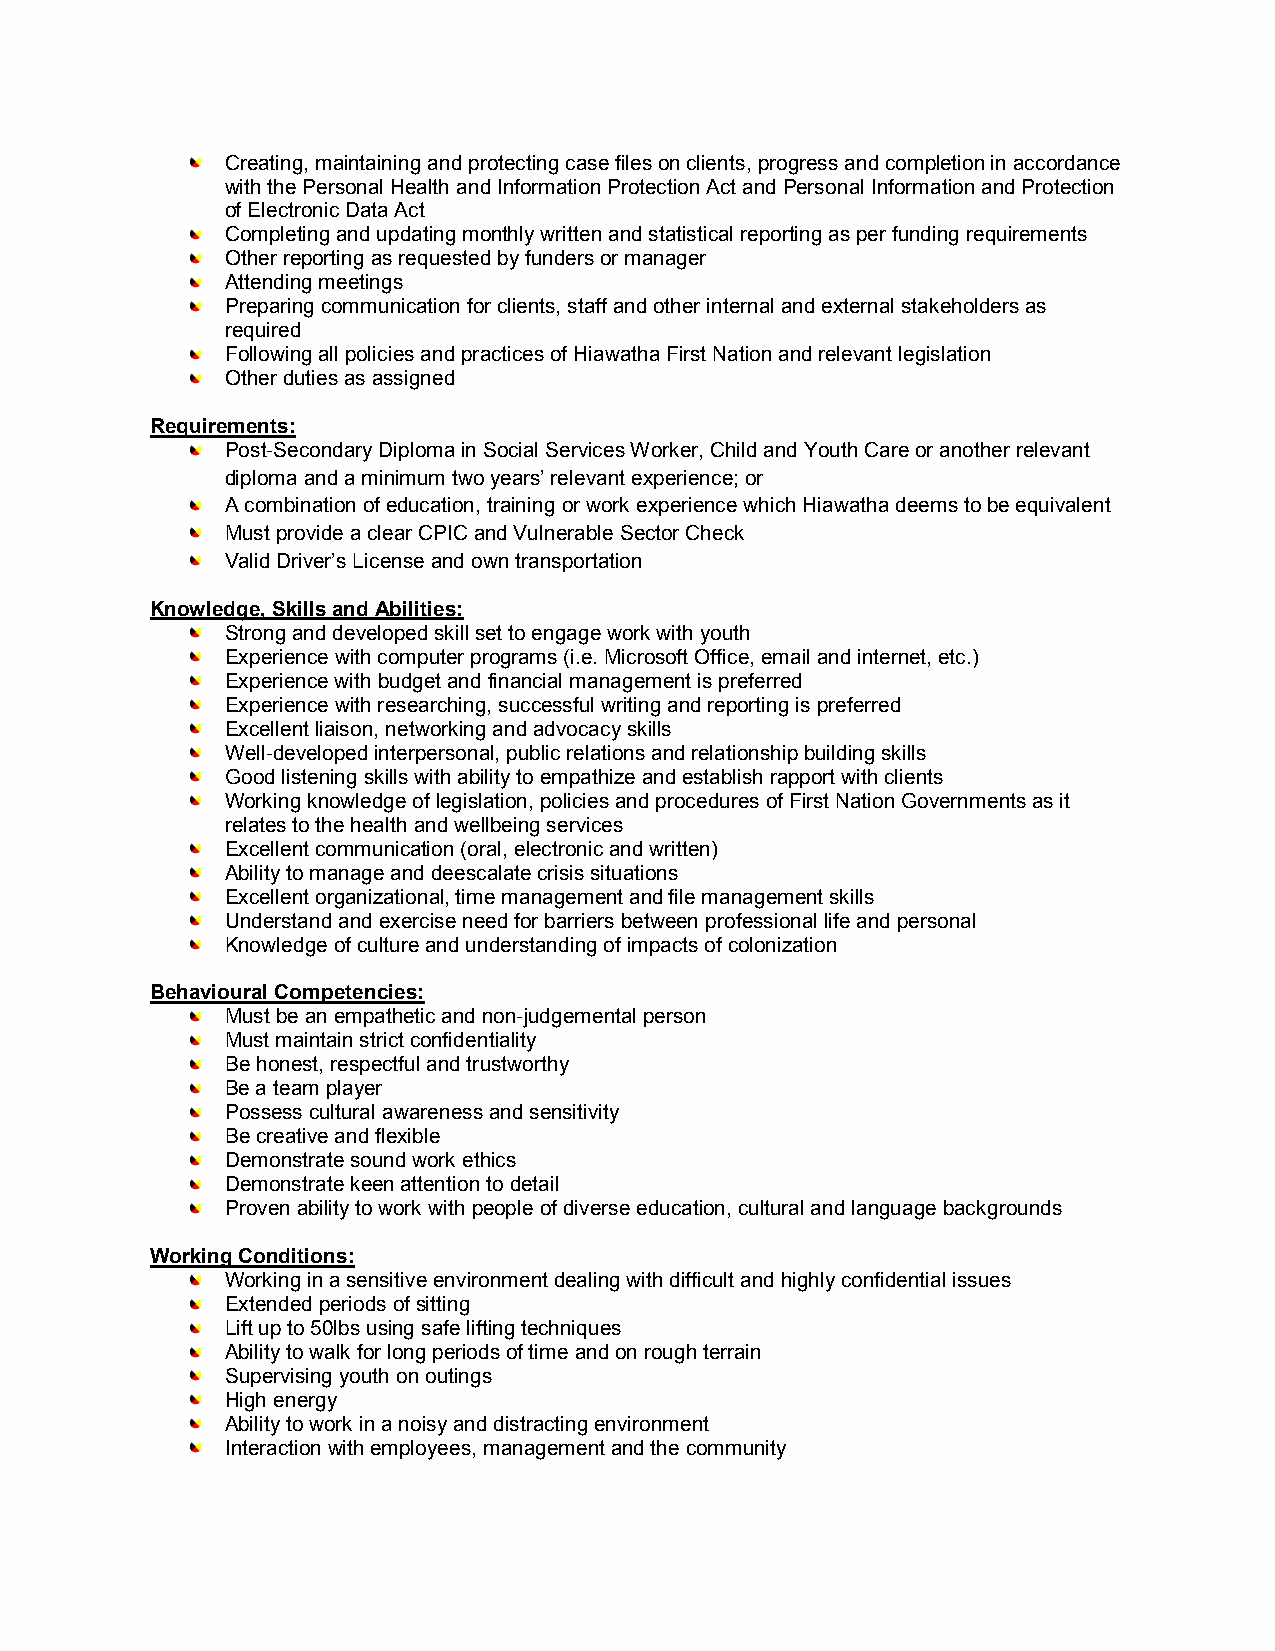
Creating, maintaining and protecting case files on clients, progress and completion in accordance
 with the Personal Health and Information Protection Act and Personal Information and Protection
 of Electronic Data Act
 Completing and updating monthly written and statistical reporting as per funding requirements
 Other reporting as requested by funders or manager
 Attending meetings
 Preparing communication for clients, staff and other internal and external stakeholders as
 required
 Following all policies and practices of Hiawatha First Nation and relevant legislation
 Other duties as assigned
 Requirements:
 Post-Secondary Diploma in Social Services Worker, Child and Youth Care or another relevant
 diploma and a minimum two years’ relevant experience; or
 A combination of education, training or work experience which Hiawatha deems to be equivalent
 Must provide a clear CPIC and Vulnerable Sector Check
 Valid Driver’s License and own transportation
 Knowledge, Skills and Abilities:
 Strong and developed skill set to engage work with youth
 Experience with computer programs (i.e. Microsoft Office, email and internet, etc.)
 Experience with budget and financial management is preferred
 Experience with researching, successful writing and reporting is preferred
 Excellent liaison, networking and advocacy skills
 Well-developed interpersonal, public relations and relationship building skills
 Good listening skills with ability to empathize and establish rapport with clients
 Working knowledge of legislation, policies and procedures of First Nation Governments as it
 relates to the health and wellbeing services
 Excellent communication (oral, electronic and written)
 Ability to manage and deescalate crisis situations
 Excellent organizational, time management and file management skills
 Understand and exercise need for barriers between professional life and personal
 Knowledge of culture and understanding of impacts of colonization
 Behavioural Competencies:
 Must be an empathetic and non-judgemental person
 Must maintain strict confidentiality
 Be honest, respectful and trustworthy
 Be a team player
 Possess cultural awareness and sensitivity
 Be creative and flexible
 Demonstrate sound work ethics
 Demonstrate keen attention to detail
 Proven ability to work with people of diverse education, cultural and language backgrounds
 Working Conditions:
 Working in a sensitive environment dealing with difficult and highly confidential issues
 Extended periods of sitting
 Lift up to 50lbs using safe lifting techniques
 Ability to walk for long periods of time and on rough terrain
 Supervising youth on outings
 High energy
 Ability to work in a noisy and distracting environment
 Interaction with employees, management and the community